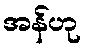
အန်ဟု